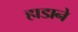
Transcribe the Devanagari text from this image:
हाडाने